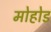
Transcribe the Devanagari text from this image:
मोहोड